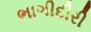
ભાગીદીરી